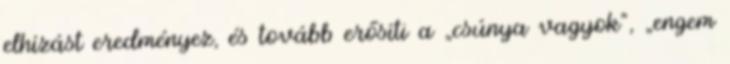
elhízást eredményez, és tovább erősíti a „csúnya vagyok”, „engem